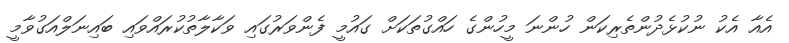
އެއާ އެކު ނުކުޅެދުންތެރިކަން ހުންނަ މީހުންގެ ހައްގުތަކަށް ގައުމީ ފެންވަރުގައި ވަކާލާތުކުރައްވައި ބައިނަލްއަގުވާމީ